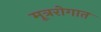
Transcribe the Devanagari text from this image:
मूत्ररोगात